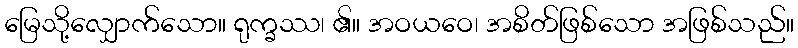
မြေသို့လျှောက်သော။ ရုက္ခဿ၊ ၏။ အဝယဝေ၊ အစိတ်ဖြစ်သော အဖြစ်သည်။